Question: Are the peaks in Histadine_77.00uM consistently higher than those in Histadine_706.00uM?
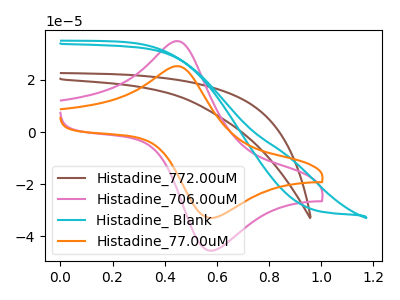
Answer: <think>The brown curve "Histadine_772.00uM" has no peaks. The pink curve "Histadine_706.00uM" has an anodic peak at (0.45V, 34.95uA) and a cathodic peak at (0.60V, -45.50uA). The cyan curve "Histadine_ Blank" has no peaks. The orange curve "Histadine_77.00uM" has an anodic peak at (0.45V, 25.30uA) and a cathodic peak at (0.60V, -32.95uA).</think>
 <answer>Every peak in "Histadine_77.00uM" is lower than every peak in "Histadine_706.00uM".</answer>
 <eval>lower</eval>